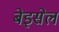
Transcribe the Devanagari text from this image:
बेइसेल